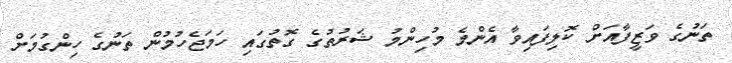
ތަނުގެ ވަޒީފާއަށް ކޮލިފައިވާ އެންމެ މުހިންމު ޝަރުތުގެ ގޮތުގައި ހަމަޖެހުމުން ތަނުގެ ހިންގުމަށް